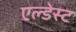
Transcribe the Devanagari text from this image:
एल्डेस्ट